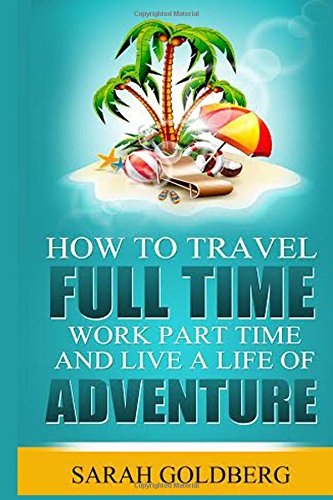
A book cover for How To Travel Full Time, Work Part Time, and Live A Life of Adventure; Sarah Goldberg; Travel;